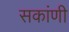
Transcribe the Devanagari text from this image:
सकांणी